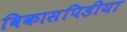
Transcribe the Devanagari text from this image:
विकासपिडीया